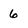
Character: 6